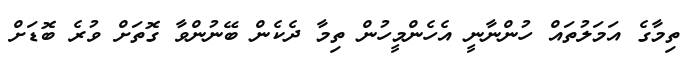
ތިމާގެ އަމަލުތައް ހުންނާނީ އެހެންމީހުން ތިމާ ދެކެން ބޭނުންވާ ގޮތަށް ވުރެ ބޮޑަށް